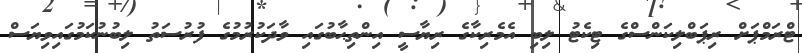
ޓްރަމްޕަށް ރިޕަބްލިކަންސްގެ ޓިކެޓު ލިބި އެމެރިކާގެ ރިޔާސީ އިންތިޙާބުގައި ވާދަކުރުމުގެ ފުރުސަތު ލިބުނުކަމުގައިވިޔަސް